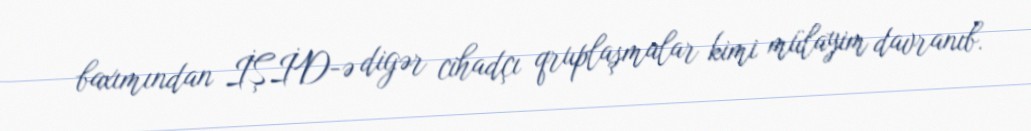
baxımından İŞİD-ə digər cihadçı qruplaşmalar kimi mülayim davranıb.